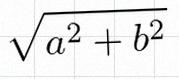
\sqrt{a^2+b^2}